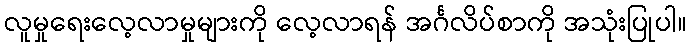
လူမှုရေးလေ့လာမှုများကို လေ့လာရန် အင်္ဂလိပ်စာကို အသုံးပြုပါ။